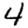
Digit: 4